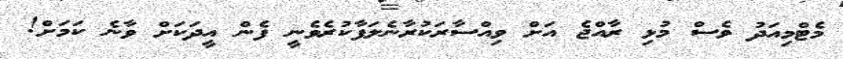
މެޓްމިއަދު ވެސް މުޅި ރާއްޖެ އަށް ވިއްސާރަކުރާނެލަފާކުރެވެނީ ފެން އީދަކަށް ވާނެ ކަމަށް!